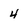
Character: 4